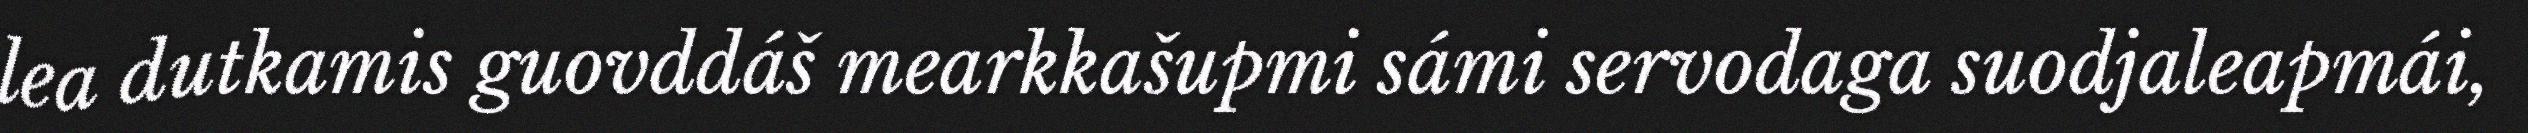
lea dutkamis guovddáš mearkkašupmi sámi servodaga suodjaleapmái,